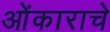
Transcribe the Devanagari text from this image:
ओंकाराचे